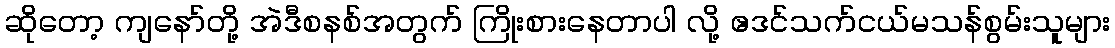
ဆိုတော့ ကျနော်တို့ အဲဒီစနစ်အတွက် ကြိုးစားနေတာပါ လို့ ဧဒင်သက်ငယ်မသန်စွမ်းသူများ